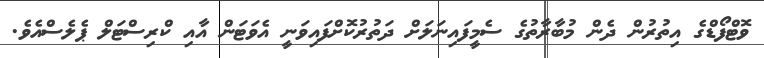
ވޮޓްފޯޑްގެ އިތުރުން ދެން މުބާރާތުގެ ސެމީފައިނަލަށް ދަތުރުކޮށްފައިވަނީ އެވަޓަން އާއި ކްރިސްޓަލް ޕެލެސްއެވެ.